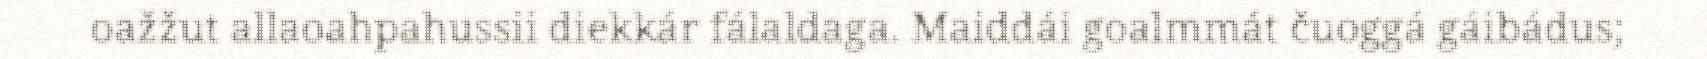
oažžut allaoahpahussii diekkár fálaldaga. Maiddái goalmmát čuoggá gáibádus;